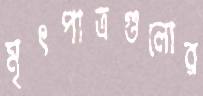
মৃৎপাত্রগুলোর